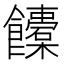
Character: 𩟰